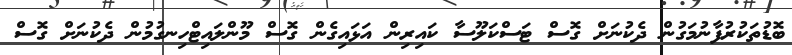
ބޮޑުތަކުރުފާނުމަގުން ދެކުނަށް ގޮސް ޓަސްކަލޫސާ ކައިރިން އަޅައިގެން ގޮސް މޫންލައިޓްހިނގުމުން ދެކުނަށް ގޮސް